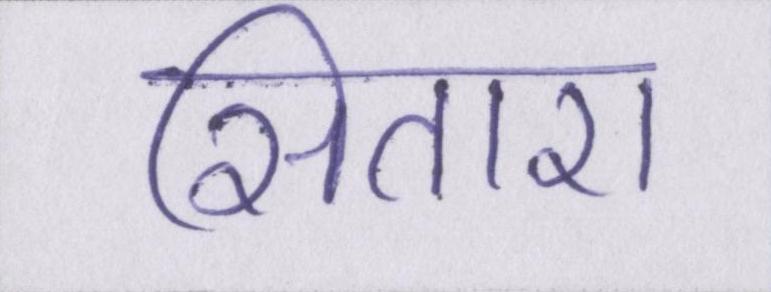
सितारा